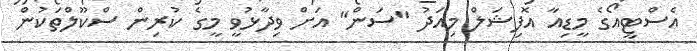
އެސްޓީއޯގެ މީޑިއާ އޮފިޝަލް މިއަދު "ސަން" އަށް ވިދާޅުވީ މީގެ ކުރިން ސްކޫލްތަކުން